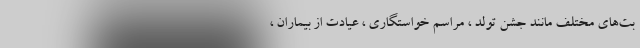
بت‌های مختلف مانند جشن تولد ، مراسم خواستگاری ، عیادت از بیماران ،